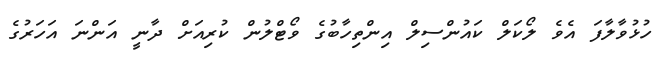
ހުޅުވާލާފަ އެވެ ލޯކަލް ކައުންސިލް އިންތިހާބުގެ ވޯޓްލުން ކުރިއަށް ދާނީ އަންނަ އަހަރުގެ